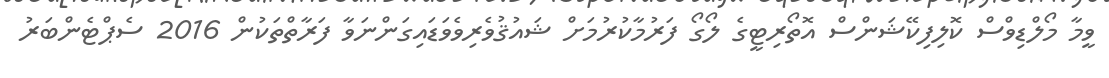
ވީމާ މޯލްޑިވްސް ކޮލިފިކޭޝަންސް އޮތޯރިޓީގެ ލޯގޯ ފަރުމާކުރުމަށް ޝައުޤުވެރިވެވަޑައިގަންނަވާ ފަރާތްތަކުން 2016 ސެޕްޓެންބަރު